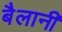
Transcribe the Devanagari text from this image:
बैलानी